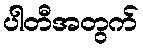
ပါတီအတွက်